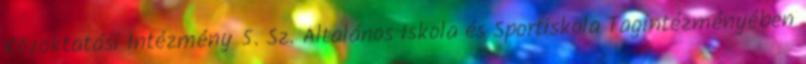
Közoktatási Intézmény 5. Sz. Általános Iskola és Sportiskola Tagintézményében